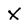
Character: X